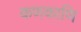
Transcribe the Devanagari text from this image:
कणकाणि